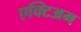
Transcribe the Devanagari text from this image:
एक्टिअम